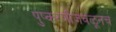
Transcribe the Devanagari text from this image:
पुष्करणीजवळूनच